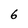
Character: 6